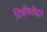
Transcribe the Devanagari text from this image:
चित्रफितीद्वारे